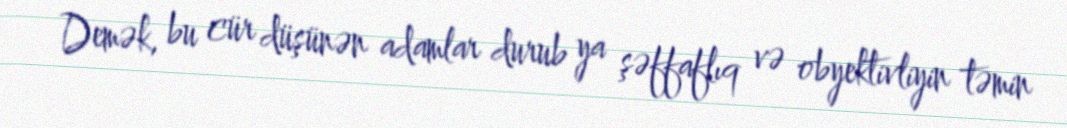
Demək, bu cür düşünən adamlar durub ya şəffaflıq və obyektivliyin təmin